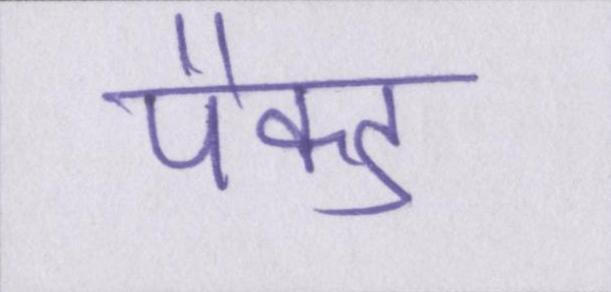
पैक्ड